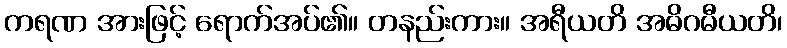
ကရဏ အားဖြင့် ရောက်အပ်၏။ တနည်းကား။ အရီယတိ အဓိဂမီယတိ၊